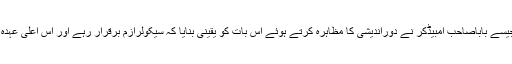
انہوں نے کہا کہ دستور کے معماروں جیسے باباصاحب امبیڈکر نے دوراندیشی کا مظاہرہ کرتے ہوئے اس بات کو یقینی بنایا کہ سیکولرازم برقرار رہے اور اس اعلیٰ عہدہ تک پہنچنے کا راستہ آسان نہ بن جائے۔